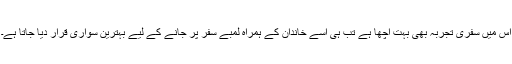
اس میں سفری تجربہ بھی بہت اچھا ہے تب ہی اسے خاندان کے ہمراہ لمبے سفر پر جانے کے لیے بہترین سواری قرار دیا جاتا ہے۔